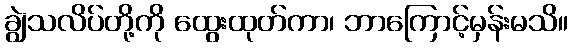
ချွဲသလိပ်တို့ကို ထွေးထုတ်ကာ၊ ဘာကြောင့်မှန်းမသိ။